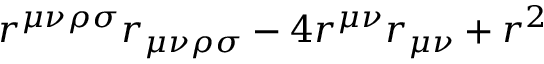
r ^ { \mu \nu \rho \sigma } r _ { \mu \nu \rho \sigma } - 4 r ^ { \mu \nu } r _ { \mu \nu } + r ^ { 2 }